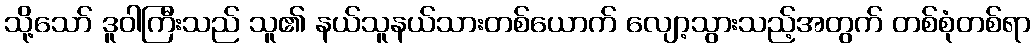
သို့သော် ဒူဝါကြီးသည် သူ၏ နယ်သူနယ်သားတစ်ယောက် လျော့သွားသည့်အတွက် တစ်စုံတစ်ရာ